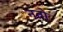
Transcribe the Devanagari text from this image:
नतो